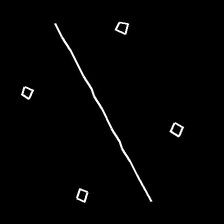
Glyph: cool